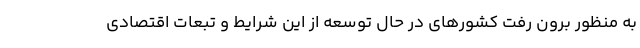
به منظور برون رفت کشور‌های در حال توسعه از این شرایط و تبعات اقتصادی